Report of the Indian Hemp Drugs Commission, 1894-1895 - Volume IV
Year: 1894
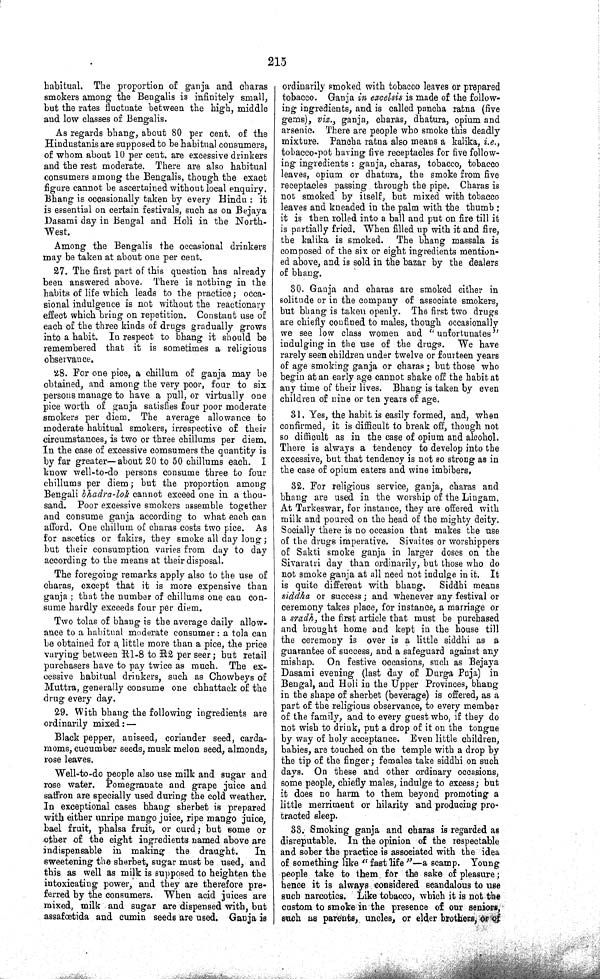
215
habitual. The proportion of ganja and charas
smokers among the Bengalis is infinitely small,
but the rates fluctuate between the high, middle
and low classes of Bengalis.
As regards bhang, about 80 per cent. of the
Hindustanis are supposed to be habitual consumers,
of whom about 10 per cent. are excessive drinkers
and the rest moderate. There are also habitual
consumers among the Bengalis, though the exact
figure cannot be ascertained without local enquiry.
Bhang is occasionally taken by every Hindu: it
is essential on certain festivals, such as on Bejaya
Dasami day in Bengal and Holi in the North-
West.
Among the Bengalis the occasional drinkers
may be taken at about one per cent.
27. The first part of this question has already
been answered above. There is nothing in the
habits of life which leads to the practice; occa-
sional indulgence is not without the reactionary
effect which bring on repetition. Constant use of
each of the three kinds of drugs gradually grows
into a habit. In respect to bhang it should be
remembered that it is sometimes a religious
observance.
28. For one pice, a chillum of ganja may be
obtained, and among the very poor, four to six
persons manage to have a pull, or virtually one
pice worth of ganja satisfies four poor moderate
smokers per diem. The average allowance to
moderate habitual smokers, irrespective of their
circumstances, is two or three chillums per diem.
In the case of excessive comsumers the quantity is
by far greater—about 20 to 50 chillums each.
I
know well-to-do persons consume three to four
chillums per diem; but the proportion among
Bengali bhadra-lok cannot exceed one in a thou-
sand. Poor excessive smokers assemble together
and consume ganja according to what each can
afford. One chillum of charas costs two pice. As
for ascetics or fakirs, they smoke all day long;
but their consumption varies from day to day
according to the means at their disposal.
The foregoing remarks apply also to the use of
charas, except that it is more expensive than
ganja; that the number of chillums one can con-
sume hardly exceeds four per diem.
Two tolas of bhang is the average daily allow-
ance to a habitual moderate consumer: a tola can
be obtained for a little more than a pice, the price
varying between R1-8 to R2 per seer; but retail
purchasers have to pay twice as much. The ex-
cessive habitual drinkers, such as Chowbeys of
Muttra, generally consume one chhattack of the
drug every day.
29. With bhang the following ingredients are
ordinarily mixed:—
Black pepper, aniseed, coriander seed, carda-
moms, cucumber seeds, musk melon seed, almonds,
rose leaves.
Well-to-do people also use milk and sugar and
rose water. Pomegranate and grape juice and
saffron are specially used during the cold weather.
In exceptional cases bhang sherbet is prepared
with either unripe mango juice, ripe mango juice,
bael fruit, phalsa fruit, or curd; but some or
other of the eight ingredients named above are
indispensable in making the draught.
In
sweetening the sherbet, sugar must be used, and
this as well as milk is supposed to heighten the
intoxicating power, and they are therefore pre-
ferred by the consumers. When acid juices are
mixed, milk and sugar are dispensed with, but
assafœtida and cumin seeds are used. Ganja is
ordinarily smoked with tobacco leaves or prepared
tobacco. Ganja in excelsis is made of the follow-
ing ingredients, and is called pancha ratna (five
gems), viz., ganja, charas, dhatura, opium and
arsenic. There are people who smoke this deadly
mixture. Pancha ratna also means a kalika, i.e.,
tobacco-pot having five receptacles for five follow-
ing ingredients : ganja, charas, tobacco, tobacco
leaves, opium or dhatura, the smoke from five
receptacles passing through the pipe. Charas is
not smoked by itself, but mixed with tobacco
leaves and kneaded in the palm with the thumb:
it is then rolled into a ball and put on fire till it
is partially fried. When filled up with it and fire,
the kalika is smoked.
The bhang massala is
composed of the six or eight ingredients mention-
ed above, and is sold in the bazar by the dealers
of bhang.
30. Ganja and charas are smoked either in
solitude or in the company of associate smokers,
but bhang is taken openly. The first two drugs
are chiefly confined to males, though occasionally
we see low class women and "unfortunates"
indulging in the use of the drugs.
We have
rarely seen children under twelve or fourteen years
of age smoking ganja or charas; but those who
begin at an early age cannot shake off the habit at
any time of their lives. Bhang is taken by even
children of nine or ten years of age.
31. Yes, the habit is easily formed, and, when
confirmed, it is difficult to break off, though not
so difficult as in the case of opium and alcohol.
There is always a tendency to develop into the
excessive, but that tendency is not so strong as in
the case of opium eaters and wine imbibers,
32. For religious service, ganja, charas and
bhang are used in the worship of the Lingam.
At Tarkeswar, for instance, they are offered with
milk and poured on the head of the mighty deity.
Socially there is no occasion that makes the use
of the drugs imperative. Sivaites or worshippers
of Sakti smoke ganja in larger doses on the
Sivaratri day than ordinarily, but those who do
not smoke ganja at all need not indulge in it.
It
is quite different with bhang.
Siddhi means
siddha or success; and whenever any festival or
ceremony takes place, for instance, a marriage or
a sradh, the first article that must be purchased
and brought home and kept in the house till
the ceremony is over is a little siddhi as a
guarantee of success, and a safeguard against any
mishap.
On festive occasions, such as Bejaya
Dasami evening (last day of Durga Puja) in
Bengal, and Holi in the Upper Provinces, bhang
in the shape of sherbet (beverage) is offered, as a
part of the religious observance, to every member
of the family, and to every guest who, if they do
not wish to drink, put a drop of it on the tongue
by way of holy acceptance. Even little children,
babies, are touched on the temple with a drop by
the tip of the finger; females take siddhi on such
days. On these and other ordinary occasions,
some people, chiefly males, indulge to excess; but
it does no harm to them beyond promoting a
little merriment or hilarity and producing pro-
tracted sleep.
33. Smoking ganja and charas is regarded as
disreputable. In the opinion of the respectable
and sober the practice is associated with the idea
of something like "fast life"—a scamp. Young
people take to them for the sake of pleasure;
hence it is always considered scandalous to use
such narcotics. Like tobacco, which it is not the
custom to smoke in the presence of our seniors,
such as parents, uncles, or elder brothers, or of